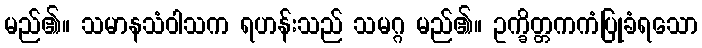
မည်၏။ သမာနသံဝါသက ရဟန်းသည် သမဂ္ဂ မည်၏။ ဥက္ခိတ္တကကံပြုခံရသော